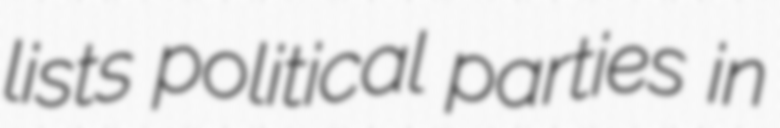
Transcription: lists political parties in